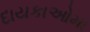
દાયકાઓમા